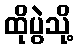
ထိုပွဲသို့